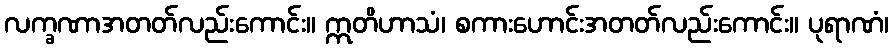
လက္ခဏာအတတ်လည်းကောင်း။ ဣတိဟာသံ၊ စကားဟောင်းအတတ်လည်းကောင်း။ ပုရာဏံ၊